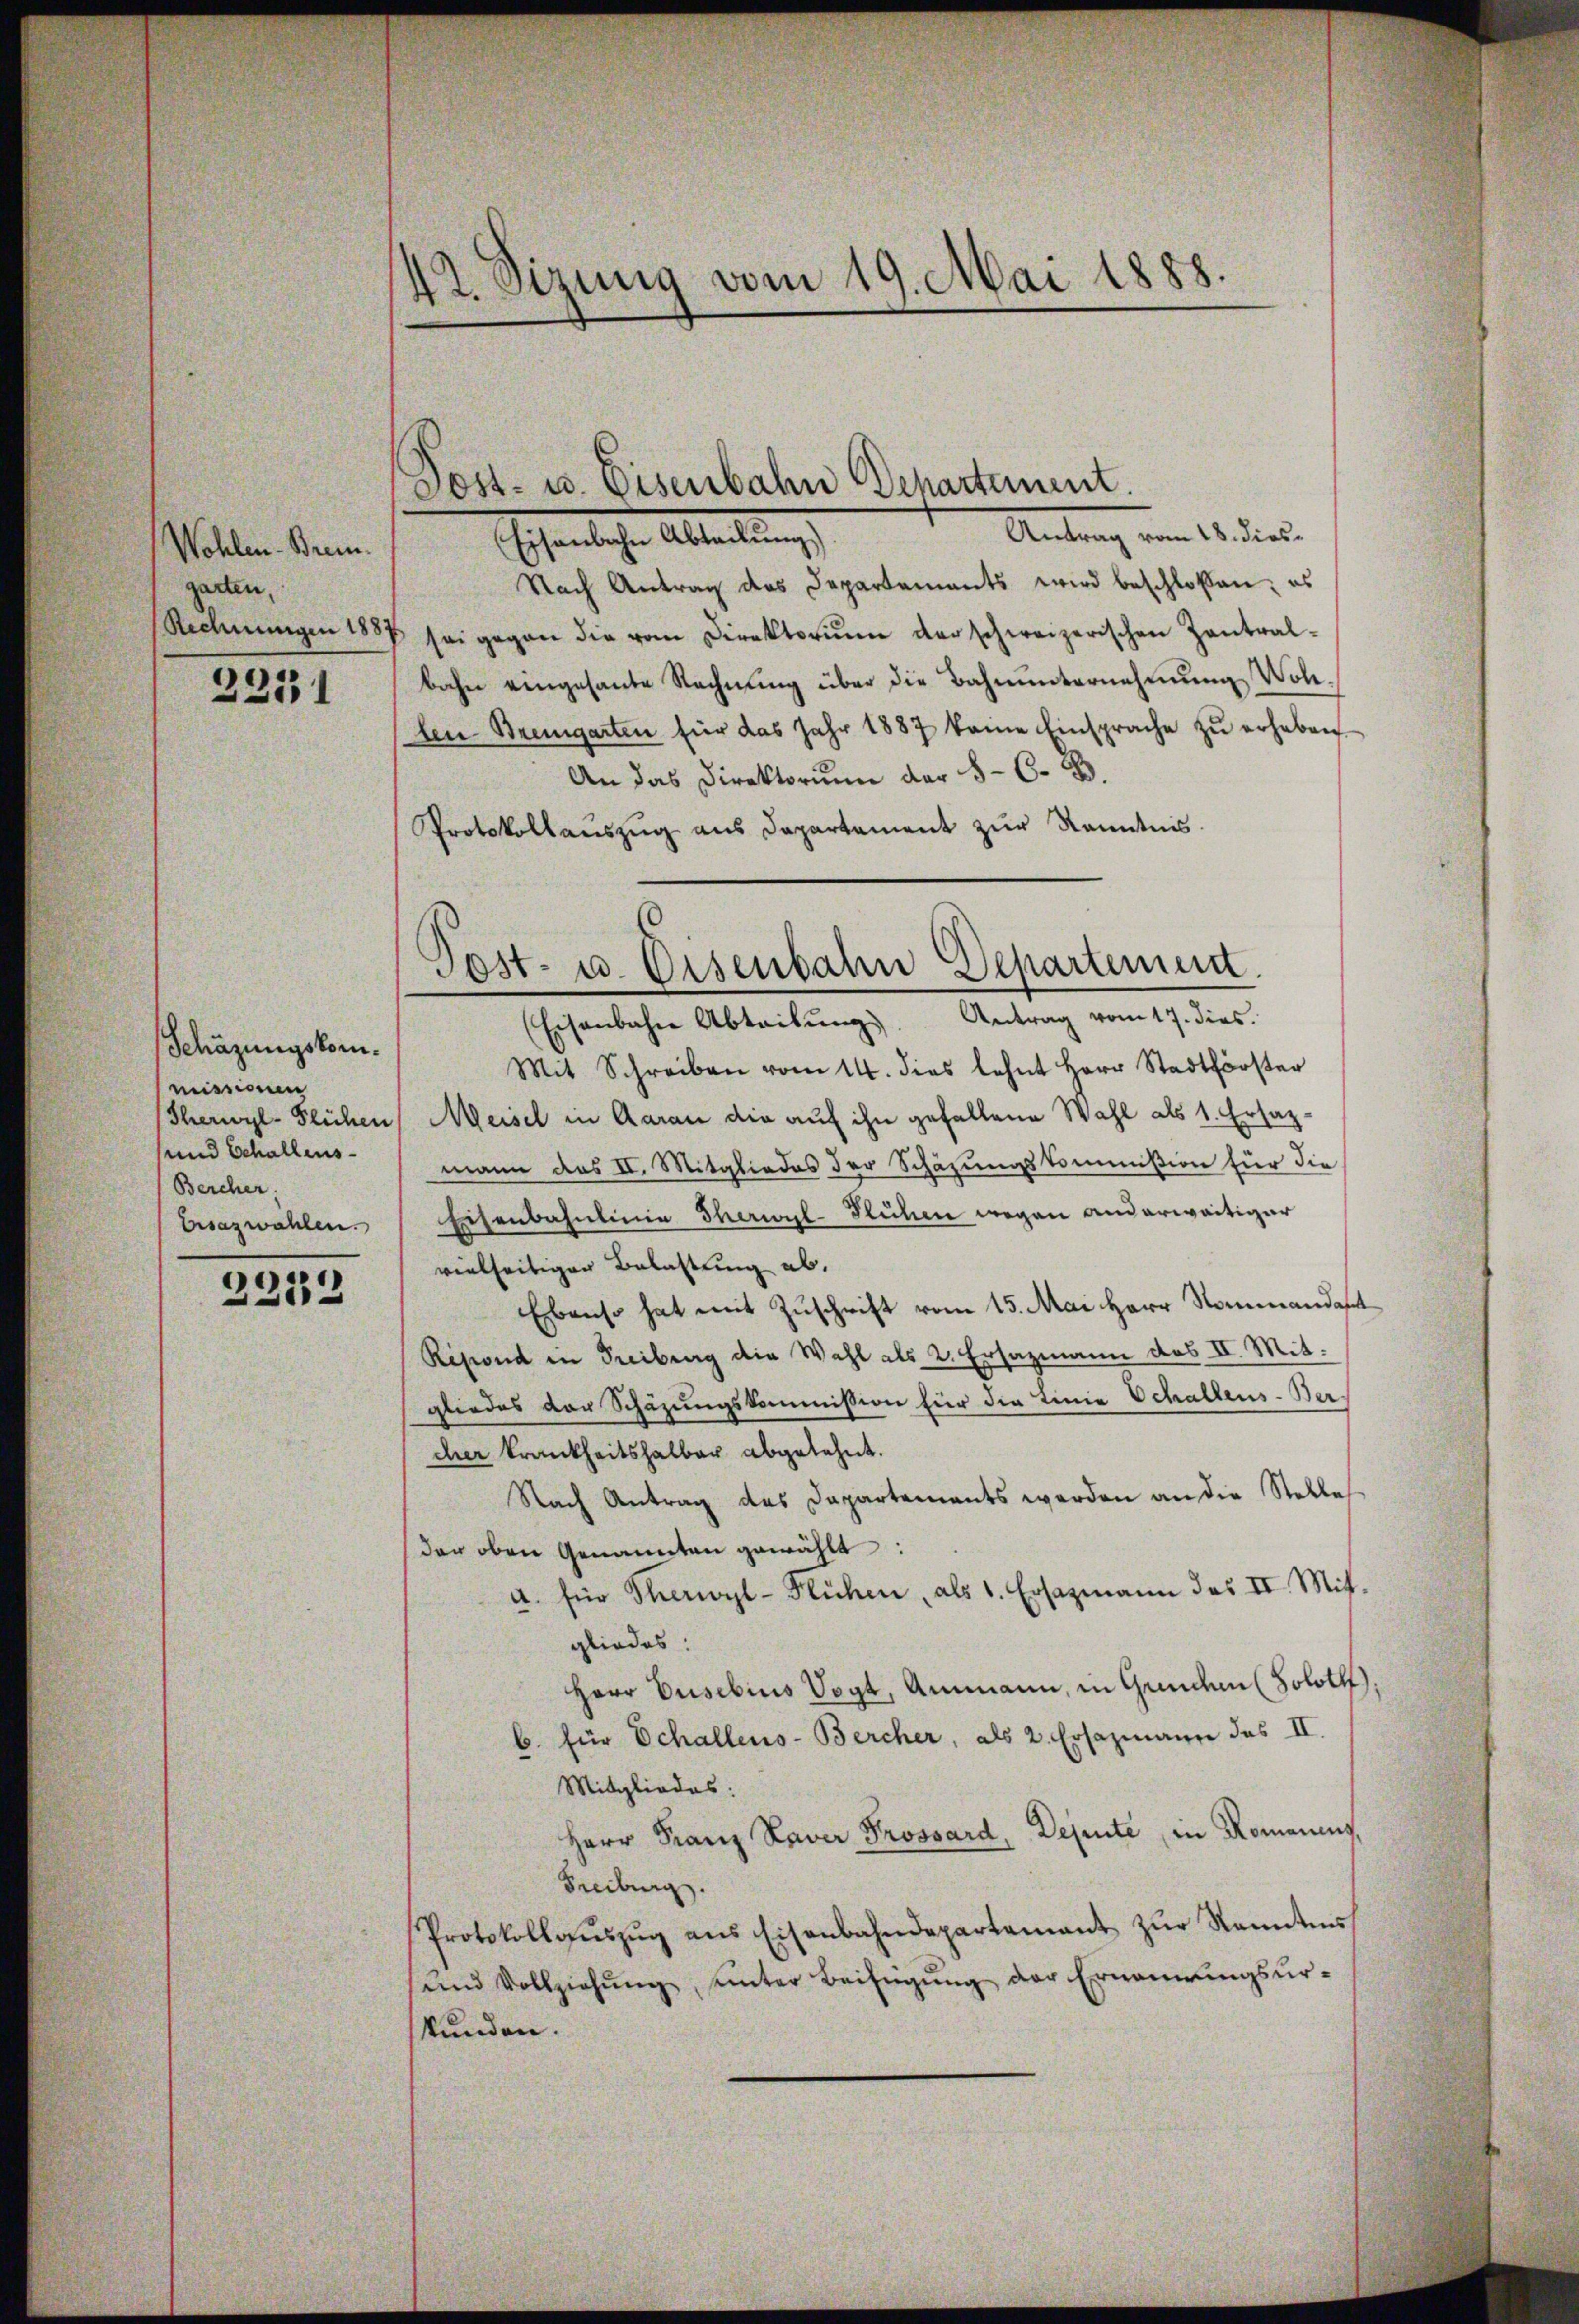
Wohlen-Brem.
garten,

2251

Schäzungskommissionen
Sherwyl-Flichen
und Schallens-
(Bercher:
Esazwahlen.

2212

42. Sizung vom 19. Mai 1888.

Antrag vom 2. dies
Ehrensche Abteilung
Nach Antrag des Departements wird beschloßen; es
Rechnŭngen 1887 sei gegen die vom Direktoriŭm der schweizerischen Zentral-
bahn eingesante Rechnŭng über die Bahnŭnternehmung Wohl-
len Bremgarten für das Jahr 1887 keine Einsprache zu erheben
An das Direktorium der 8 - 6. B.
Protokollauszug aus Departement zur Kenntnis.

Post- u. Eisenbahn Departement.

Post- u. Eisenbahn Departement
Eisenbahne Abteilŭng. Antrag vom 17. dies

Mit Schreiben vom 14. dies lehnt Herr Stadtförster
Meisel in Aarau die auf ihn gefallene Wahl als 1. Ersatzmann das II. Mitgliedes der Schäzŭngskommißion für die
Eisenbahnlinie Therwyl-Flühen wegen anderweitiger
vielseitiger Belastung ab,
Ebenso hat mit Zuschrift vom 15. Mai Herr Nommandant
Répond in Freiburg die Wahl als 2. Ersazmann des II. Mitgliedes vor Schazungskommission für die Linie Schallens-Bercher krankheitshalbar abgelehnt.
Nach Antrag des Dapartements werden an die Stelle
den oben Genannten gewählt:
a. für Therwyl-Flühen, als 1. Ersazmann des II. Mitgliedes.
Herr Eusebins Vogt, Ammann, in Gunden (Soloth.
b. für Schallens-Bercher, als 2. Ersazmann das II.
Mitgliedes:
Herr Franz Xaver Prossard, Depute, in Romanens,
Tribung.
Protokollaŭszŭg ans Eisenbahndepartamant zŭr Kenntnis
ŭnd Vollziehŭng unter Beifügŭng der Erneŭerŭngsŭr-
kunden.